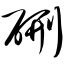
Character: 硎